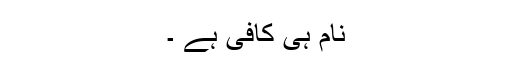
نام ہی کافی ہے ۔